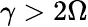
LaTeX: \gamma>2\Omega